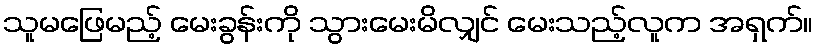
သူမဖြေမည့် မေးခွန်းကို သွားမေးမိလျှင် မေးသည့်လူက အရှက်။